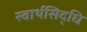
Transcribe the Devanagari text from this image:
स्वार्थसिद्धि